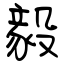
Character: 毅